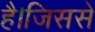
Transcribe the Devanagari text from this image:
है।जिससे